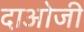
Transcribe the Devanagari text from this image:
दाओजी